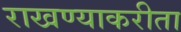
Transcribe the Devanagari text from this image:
राखण्याकरीता